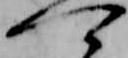
可